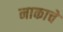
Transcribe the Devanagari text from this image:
नाकाचे